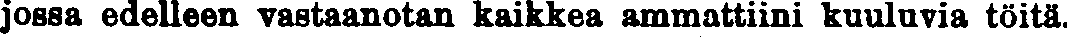
jossa edelleen vastaanotan kaikkea ammattiini kuuluvia töitä.